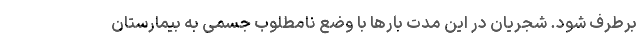
برطرف شود. شجریان در این مدت بارها با وضع نامطلوب جسمی به بیمارستان